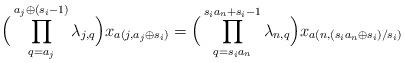
LaTeX: \begin{align*}\begin{aligned}&\Big(\prod_{q=a_j}^{a_j\oplus(s_i-1)}\lambda_{j,q}\Big)x_{a(j,a_j\oplus s_i)}=\Big(\prod_{q=s_ia_n}^{s_ia_n+s_i-1}\lambda_{n,q}\Big)x_{a(n,(s_ia_n\oplus s_i)/s_i)}\end{aligned}\end{align*}